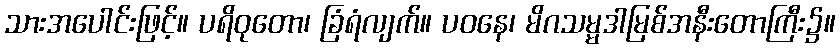
သားအပေါင်းဖြင့်။ ပရိဝုတော၊ ခြံရံလျက်။ ပဝနေ၊ မိဂသမ္မဒါမြစ်အနီးတောကြီး၌။